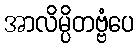
အာလိမ္ပိတဗ္ဗံပေ